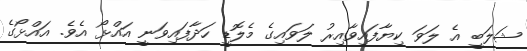
ޝަލަބީ އެ ލަވަ ކިޔާފައިވާއިރު ލަވައިގެ މެލޮޑީ ހަދާފައިވަނީ އައްޅޯ އެވެ. އައްޅޯގެ